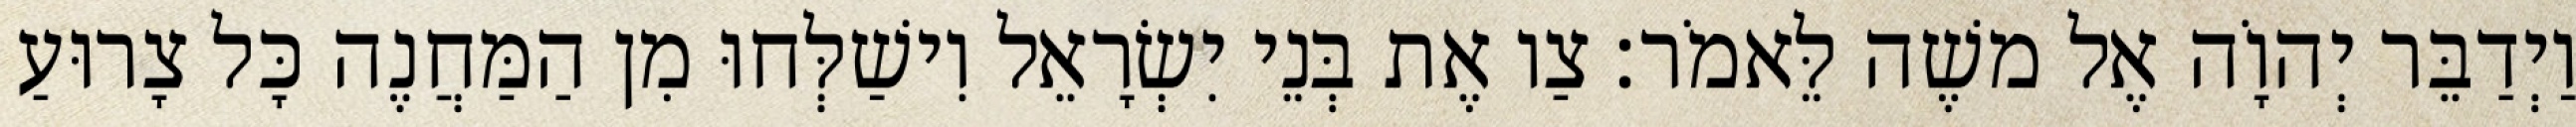
וַיְדַבֵּר יְהוָֹה אֶל משֶׁה לֵּאמֹר׃ צַו אֶת בְּנֵי יִשְׂרָאֵל וִישַׁלְּחוּ מִן הַמַּחֲנֶה כָּל צָרוּעַ